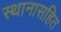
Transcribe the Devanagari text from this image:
स्थानासहित